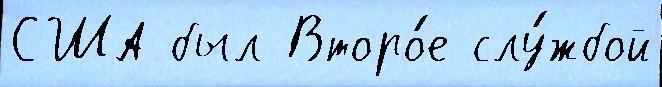
США был Второ́е слу́жбой